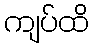
ကျပ်ထိ